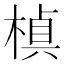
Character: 𭫕